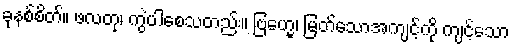
ခုနစ်စိတ်။ ဖလတု၊ ကွဲပါစေသတည်း။ ဗြဟ္မေ၊ မြတ်သောအကျင့်ကို ကျင့်သော